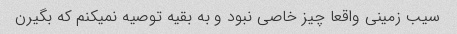
سیب زمینی واقعا چیز خاصی نبود و به بقیه توصیه نمیکنم که بگیرن